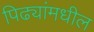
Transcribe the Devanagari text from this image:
पिढ्यांमधील